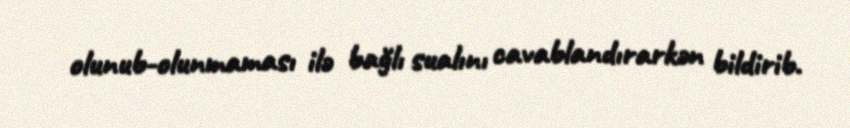
olunub-olunmaması ilə bağlı sualını cavablandırarkən bildirib.